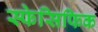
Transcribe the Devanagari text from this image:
स्फेसिफिक